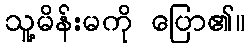
သူ့မိန်းမကို ပြော၏။